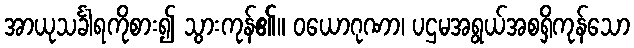
အာယုသင်္ခါရကိုစား၍ သွားကုန်၏။ ဝယောဂုဏာ၊ ပဌမအရွယ်အစရှိကုန်သော